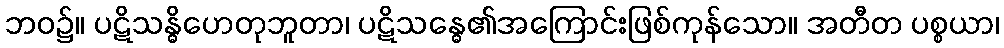
ဘဝ၌။ ပဋိသန္ဓိဟေတုဘူတာ၊ ပဋိသန္ဓေ၏အကြောင်းဖြစ်ကုန်သော။ အတီတ ပစ္စယာ၊